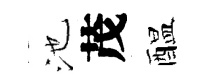
池茂醖